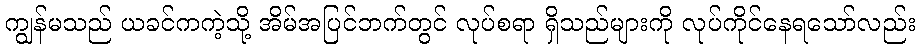
ကျွန်မသည် ယခင်ကကဲ့သို့ အိမ်အပြင်ဘက်တွင် လုပ်စရာ ရှိသည်များကို လုပ်ကိုင်နေရသော်လည်း